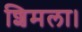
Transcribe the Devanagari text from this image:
शिमला।